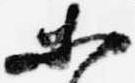
等